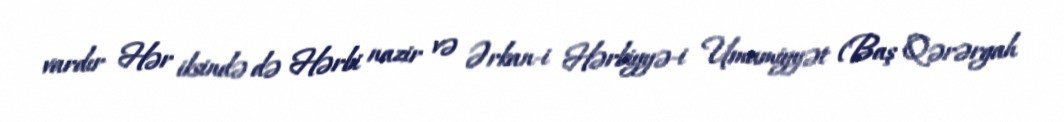
vardır Hər iksində də Hərbi nazir və Ərkan-i Hərbiyyə-i Umumiyyət (Baş Qərərgah